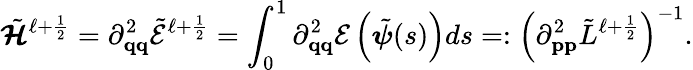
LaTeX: \tilde{\boldsymbol{\mathcal{H}}}^{\ell+\frac{1}{2}}=\partial_{\mathbf{q}\mathbf{q}}^{2}\tilde{\mathcal{E}}^{\ell+\frac{1}{2}}=\int_{0}^{1}\partial_{\mathbf{q}\mathbf{q}}^{2}\mathcal{E}\left(\tilde{\boldsymbol{\psi}}(s)\right)ds=:\left(\partial_{\mathbf{p}\mathbf{p}}^{2}\tilde{L}^{\ell+\frac{1}{2}}\right)^{-1}.